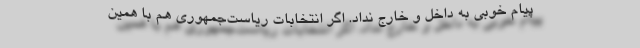
پیام خوبی به داخل و خارج نداد. اگر انتخابات ریاست‌جمهوری هم با همین